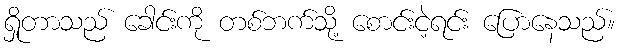
ရှိုတာသည် ခေါင်းကို တစ်ဘက်သို့ စောင်းငဲ့ရင်း ပြောနေသည်။